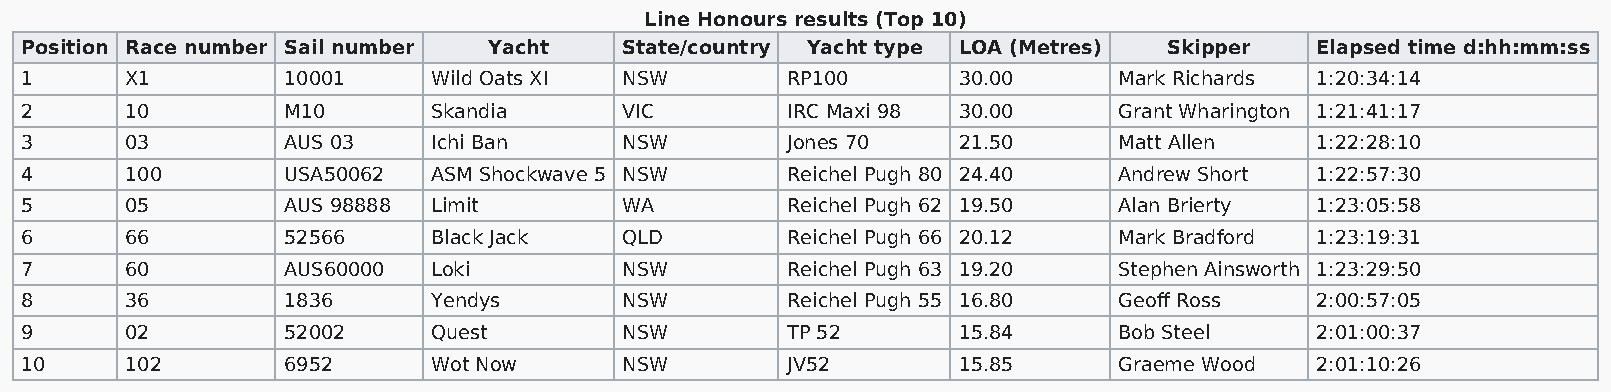
Line Honours results (Top 10)
 Position Race number Sail number Yacht  State/country Yacht type LOA (Metres) Skipper Elapsed time d:hh:mm:ss
 1      X1         10001     Wild Oats XI NSW       RP100      30.00      Mark Richards 1:20:34:14
 2      10         M10       Skandia     VIC        IRC Maxi 98 30.00     Grant Wharington 1:21:41:17
 3      03         AUS 03    Ichi Ban    NSW        Jones 70   21.50      Matt Allen   1:22:28:10
 4      100        USA50062  ASM Shockwave 5 NSW    Reichel Pugh 80 24.40 Andrew Short 1:22:57:30
 5      05         AUS 98888 Limit       WA         Reichel Pugh 62 19.50 Alan Brierty 1:23:05:58
 6      66         52566     Black Jack  QLD        Reichel Pugh 66 20.12 Mark Bradford 1:23:19:31
 7      60         AUS60000  Loki        NSW        Reichel Pugh 63 19.20 Stephen Ainsworth 1:23:29:50
 8      36         1836      Yendys      NSW        Reichel Pugh 55 16.80 Geoff Ross   2:00:57:05
 9      02         52002     Quest       NSW        TP 52      15.84      Bob Steel    2:01:00:37
 10     102        6952      Wot Now     NSW        JV52       15.85      Graeme Wood  2:01:10:26